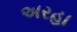
અરહા